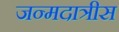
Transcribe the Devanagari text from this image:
जन्मदात्रीस